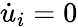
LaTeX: {\dot{u}}_{i}=0